Report on vaccination in the Province of Bengal - 1869-1873
Year: 1869
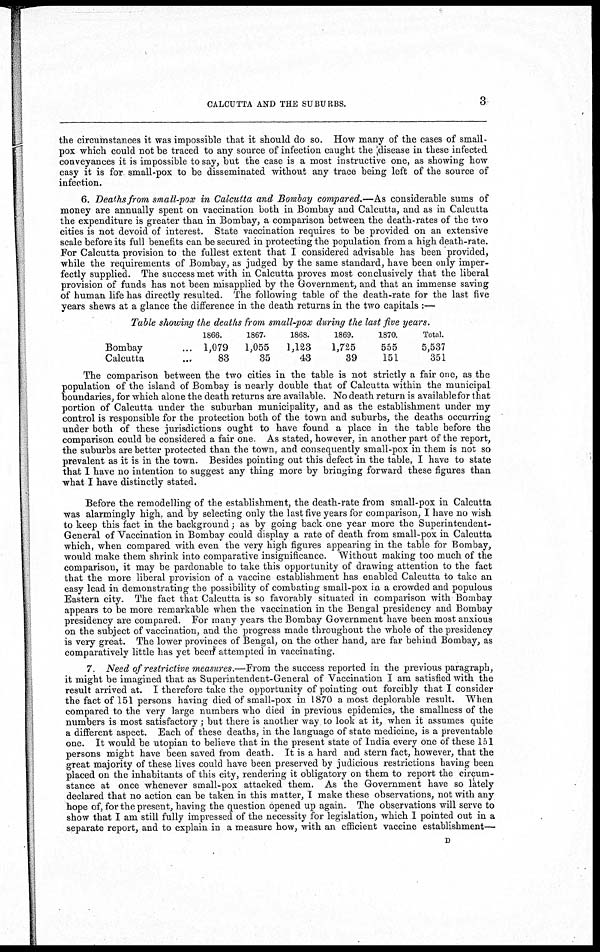
CALCUTTA AND THE SUBURBS.
3
the circumstances it was impossible that it should do so. How many of the cases of small-
pox which could not be traced to any source of infection caught the disease in these infected
conveyances it is impossible to say, but the case is a most instructive one, as showing how
easy it is for small-pox to be disseminated without any trace being left of the source of
infection.
6. Deaths from small-pox in Calcutta and Bombay compared.—As considerable sums of
money are annually spent on vaccination both in Bombay and Calcutta, and as in Calcutta
the expenditure is greater than in Bombay, a comparison between the death-rates of the two
cities is not devoid of interest. State vaccination requires to be provided on an extensive
scale before its full benefits can be secured in protecting the population from a high death-rate.
For Calcutta provision to the fullest extent that I considered advisable has been provided,
while the requirements of Bombay, as judged by the same standard, have been only imper-
fectly supplied. The success met with in Calcutta proves most conclusively that the liberal
provision of funds has not been misapplied by the Government, and that an immense saving
of human life has directly resulted. The following table of the death-rate for the last five
years shews at a glance the difference in the death returns in the two capitals :—
Table showing the deaths from small-pox during the last five years.
Bombay ...
Calcutta ...
1866.
1,079
83
1867.
1,055
35
1868.
1,123
43
1869.
1,725
39
1870.
555
151
Total.
5,537
351
The comparison between the two cities in the table is not strictly a fair one, as the
population of the island of Bombay is nearly double that of Calcutta within the municipal
boundaries, for which alone the death returns are available. No death return is available for that
portion of Calcutta under the suburban municipality, and as the establishment under my
control is responsible for the protection both of the town and suburbs, the deaths occurring
under both of these jurisdictions ought to have found a place in the table before the
comparison could be considered a fair one As stated, however, in another part of the report,
the suburbs are better protected than the town, and consequently small-pox in them is not so
prevalent as it is in the town. Besides pointing out this defect in the table, I have to state
that I have no intention to suggest any thing more by bringing forward these figures than
what I have distinctly stated.
Before the remodelling of the establishment, the death-rate from small-pox in Calcutta
was alarmingly high. and by selecting only the last five years for comparison, I have no wish
to keep this fact in the background; as by going back one year more the Superintendent-
General of Vaccination in Bombay could display a rate of death from small-pox in Calcutta
which, when compared with even the very high figures appearing in the table for Bombay,
would make them shrink into comparative insignificance. Without making too much of the
comparison, it may be pardonable to take this opportunity of drawing attention to the fact
that the more liberal provision of a vaccine establishment has enabled Calcutta to take an
easy lead in demonstrating the possibility of combating small-pox in a crowded and populous
Eastern city. The fact that Calcutta is so favorably situated in comparison with Bombay
appears to be more remarkable when the vaccination in the Bengal presidency and Bombay
presidency are compared. For many years the Bombay Government have been most anxious
on the subject of vaccination, and the progress made throughout the whole of the presidency
is very great. The lower provinces of Bengal, on the other hand, are far behind Bombay, as
comparatively little has yet been attempted in vaccinating.
7. Need of restrictive measures.—From the success reported in the previous paragraph,
it might be imagined that as Superintendent-General of Vaccination I am satisfied with the
result arrived at. I therefore take the opportunity of pointing out forcibly that I consider
the fact of 151 persons having died of small-pox in 1870 a most deplorable result. When
compared to the very large numbers who died in previous epidemics, the smallness of the
numbers is most satisfactory; but there is another way to look at it, when it assumes quite
a different aspect. Each of these deaths, in the language of state medicine, is a preventable
one. It would be utopian to believe that in the present state of India every one of these 151
persons might have been saved from death. It is a hard and stern fact, however, that the
great majority of these lives could have been preserved by judicious restrictions having been
placed on the inhabitants of this city, rendering it obligatory on them to report the circum-
stance at once whenever small-pox attacked them. As the Government have so lately
declared that no action can be taken in this matter, I make these observations, not with any
hope of, for the present, having the question opened up again. The observations will serve to
show that I am still fully impressed of the necessity for legislation, which I pointed out in a
separate report, and to explain in a measure how, with an efficient vaccine establishment—
D